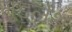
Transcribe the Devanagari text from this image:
गुडलेंथ